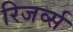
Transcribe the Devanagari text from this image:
रिजर्व्स